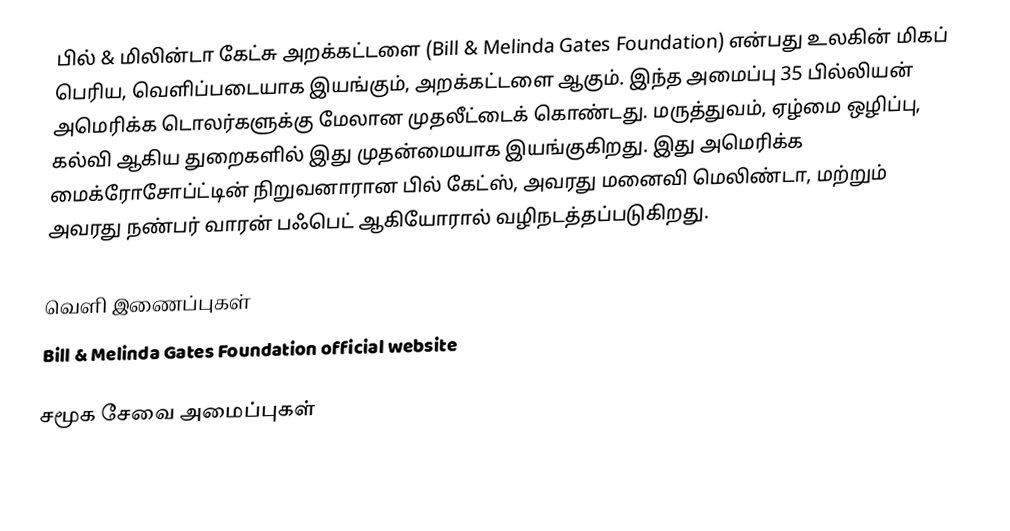
பில் & மிலின்டா கேட்சு அறக்கட்டளை (Bill & Melinda Gates Foundation) என்பது உலகின் மிகப் பெரிய, வெளிப்படையாக இயங்கும், அறக்கட்டளை ஆகும்.  இந்த அமைப்பு 35 பில்லியன் அமெரிக்க டொலர்களுக்கு மேலான முதலீட்டைக் கொண்டது.  மருத்துவம், ஏழ்மை ஒழிப்பு, கல்வி ஆகிய துறைகளில் இது முதன்மையாக இயங்குகிறது.  இது அமெரிக்க மைக்ரோசோப்ட்டின் நிறுவனாரான பில் கேட்ஸ், அவரது மனைவி மெலிண்டா, மற்றும் அவரது நண்பர் வாரன் பஃபெட் ஆகியோரால் வழிநடத்தப்படுகிறது.

வெளி இணைப்புகள்
Bill & Melinda Gates Foundation official website

சமூக சேவை அமைப்புகள்